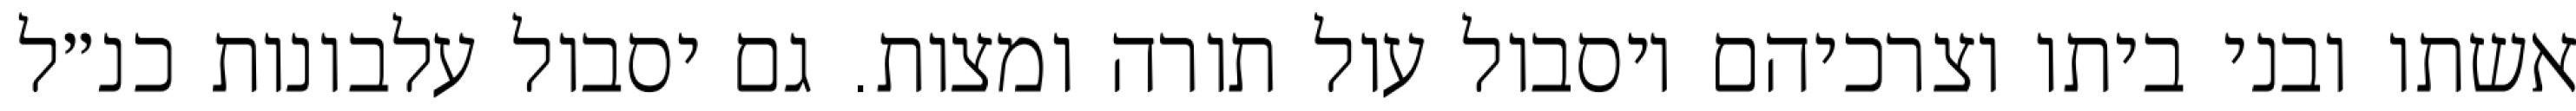
אשתו ובני ביתו וצרכיהם ויסבול עול תורה ומצות. גם יסבול עלבונות כנ״ל